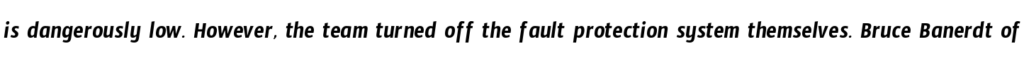
is dangerously low. However, the team turned off the fault protection system themselves. Bruce Banerdt of